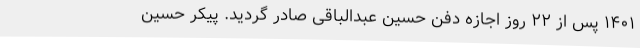
۱۴۰۱ پس از ۲۲ روز اجازه دفن حسین عبدالباقی صادر گردید. پیکر حسین